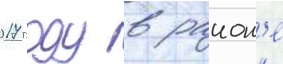
2017 году в раион'е